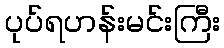
ပုပ်ရဟန်းမင်းကြီး